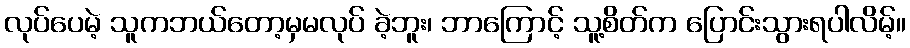
လုပ်ပေမဲ့ သူကဘယ်တော့မှမလုပ် ခဲ့ဘူး၊ ဘာကြောင့် သူ့စိတ်က ပြောင်းသွားရပါလိမ့်။